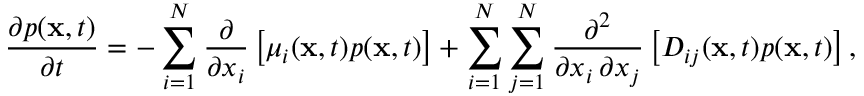
{ \frac { \partial p ( \mathbf { x } , t ) } { \partial t } } = - \sum _ { i = 1 } ^ { N } { \frac { \partial } { \partial x _ { i } } } \left[ \mu _ { i } ( \mathbf { x } , t ) p ( \mathbf { x } , t ) \right] + \sum _ { i = 1 } ^ { N } \sum _ { j = 1 } ^ { N } { \frac { \partial ^ { 2 } } { \partial x _ { i } \, \partial x _ { j } } } \left[ D _ { i j } ( \mathbf { x } , t ) p ( \mathbf { x } , t ) \right] ,